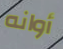
أوانه